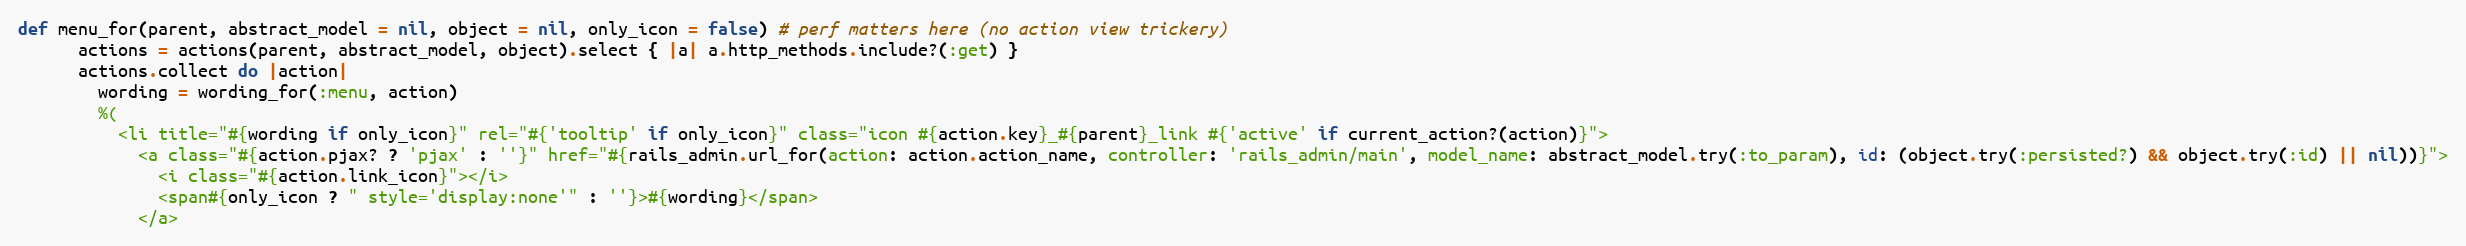
Language: Ruby
def menu_for(parent, abstract_model = nil, object = nil, only_icon = false) # perf matters here (no action view trickery)
      actions = actions(parent, abstract_model, object).select { |a| a.http_methods.include?(:get) }
      actions.collect do |action|
        wording = wording_for(:menu, action)
        %(
          <li title="#{wording if only_icon}" rel="#{'tooltip' if only_icon}" class="icon #{action.key}_#{parent}_link #{'active' if current_action?(action)}">
            <a class="#{action.pjax? ? 'pjax' : ''}" href="#{rails_admin.url_for(action: action.action_name, controller: 'rails_admin/main', model_name: abstract_model.try(:to_param), id: (object.try(:persisted?) && object.try(:id) || nil))}">
              <i class="#{action.link_icon}"></i>
              <span#{only_icon ? " style='display:none'" : ''}>#{wording}</span>
            </a>